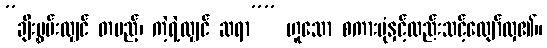
”ချီးမွှမ်းလျှင် တပည့်၊ ကဲ့ရဲ့လျှင် ဆရာ”” ဟူသော စကားပုံနှင့်လည်းသင့်လျော်လှ၏။